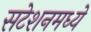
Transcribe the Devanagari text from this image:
सटेशनमध्ये